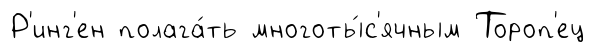
Р'инг'ен полага́ть многоты́с'ячным Тороп'ец